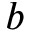
b